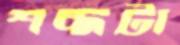
শব্দটা